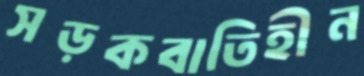
সড়কবাতিহীন